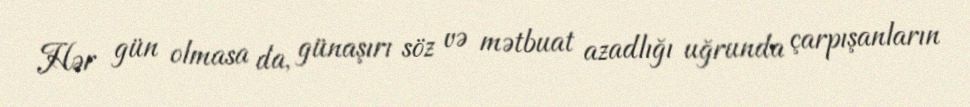
Hər gün olmasa da, günaşırı söz və mətbuat azadlığı uğrunda çarpışanların